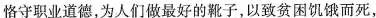
恪守职业道德，为人们做最好的靴子，以致贫困饥饿而死，